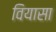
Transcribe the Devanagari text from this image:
वियासा